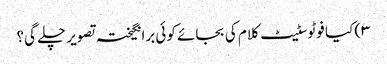
۳) کیا فوٹوسٹیٹ کلام کی بجائے کوئی برانگیختہ تصویر چلے گی؟